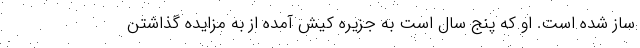
ساز شده است. او که پنج سال است به جزیره کیش آمده از به مزایده گذاشتن